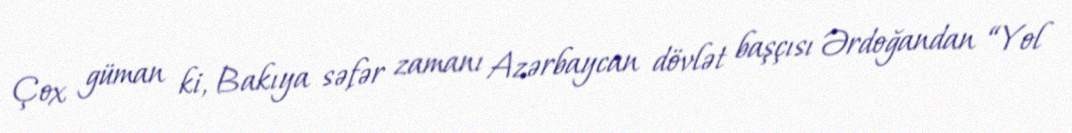
Çox güman ki, Bakıya səfər zamanı Azərbaycan dövlət başçısı Ərdoğandan “Yol